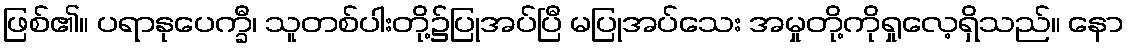
ဖြစ်၏။ ပရာနုပေက္ခီ၊ သူတစ်ပါးတို့၌ပြုအပ်ပြီ မပြုအပ်သေး အမှုတို့ကိုရှုလေ့ရှိသည်။ နော